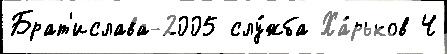
Брат'ислава-2005 слу́жба Ха́рьков Ч